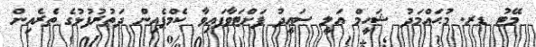
މޭޓު ޑރ. މުޙައްމަދު ޝަހީމް ޢަލީ ސަޢީދު ފަށްޓަވާފައިވާ ކެމްޕެއިން ދަތުރުފުޅުގެ ތެރެއިން